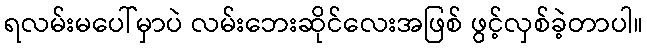
ရလမ်းမပေါ်မှာပဲ လမ်းဘေးဆိုင်လေးအဖြစ် ဖွင့်လှစ်ခဲ့တာပါ။